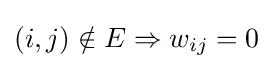
(i,j)\notin E\Rightarrow w_{ij}=0